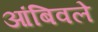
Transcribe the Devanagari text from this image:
आंबिवले